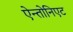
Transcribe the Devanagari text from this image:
ऐन्तोनिएट